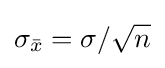
\sigma _{\bar {x}}=\sigma /{\sqrt {n}}